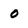
Character: 0